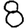
Digit: 8